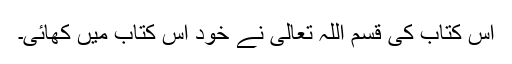
اس کتاب کی قسم اللہ تعالی نے خود اس کتاب میں‌ کھائی۔